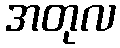
အတုလ